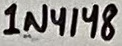
Text: 1N4148